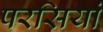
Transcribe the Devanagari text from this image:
परसियां